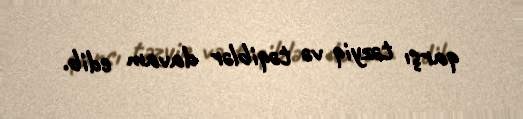
qarşı təzyiq və təqiblər davam edib.